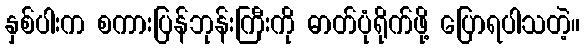
နှစ်ပါးက စကားပြန်ဘုန်းကြီးကို ဓာတ်ပုံရိုက်ဖို့ ပြောရပါသတဲ့။